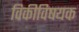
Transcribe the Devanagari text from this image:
विकीविषयक